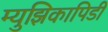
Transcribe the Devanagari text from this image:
म्युझिकापिडी